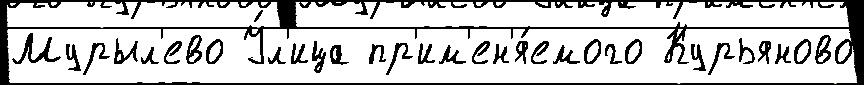
Мурыл'ево У́л'ица пр'им'ен'я́емого Курьяново